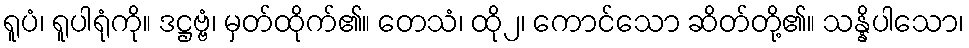
ရူပံ၊ ရူပါရုံကို။ ဒဋ္ဌဗ္ဗံ၊ မှတ်ထိုက်၏။ တေသံ၊ ထို၂၊ ကောင်သော ဆိတ်တို့၏။ သန္နိပါသော၊